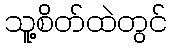
သူ့စိတ်ထဲတွင်